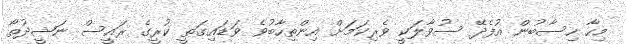
މިހާ ހިސާބުން އުފެދޭ ސުވާލަކީ ވެރިކަމަށް އިންތިހާބުވެ ވަޑައިގަތީ ކުރީގެ ރައީސް ނަޝީދުތޯ